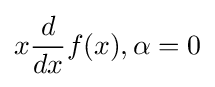
x{\frac {d}{dx}}f(x),\alpha =0